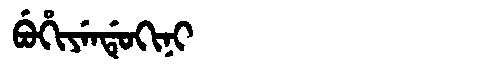
Manchu: ᠪᡠᡥᡳᠶᡝᠨᡩᡠᡴᡳᠨᡳ
Romanization: BUHIYENDUKINI